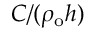
C / ( \rho _ { \mathrm { o } } h )